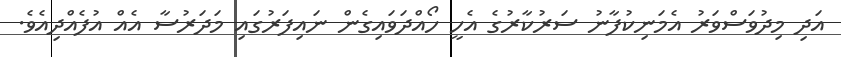
އަދި މިދުވަސްވަރު އެމަނިކުފާނު ސަރުކާރުގެ އެހީ ހޯއްދަވައިގެން ނައިފަރުގައި މަދަރުސާ އެއް އުފެއްދިއެވެ.